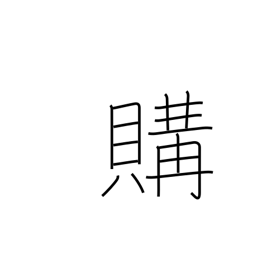
Meaning: buy